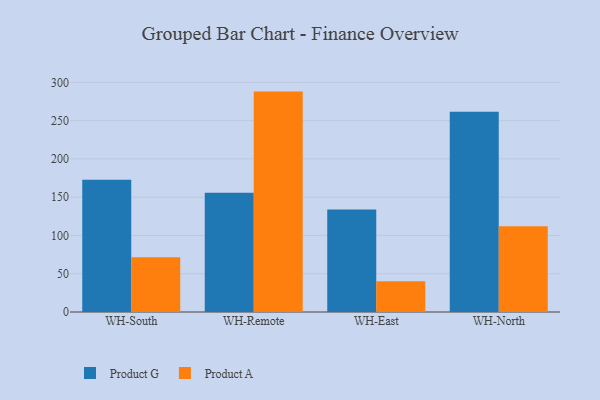
{"axis": {"x": "Warehouse", "y": "Operating Costs (USD K)"}, "legend": ["Product A", "Product G"], "data": [{"x": "WH-South", "y": 172.9, "type": "Product G"}, {"x": "WH-South", "y": 71.5, "type": "Product A"}, {"x": "WH-Remote", "y": 155.8, "type": "Product G"}, {"x": "WH-Remote", "y": 287.9, "type": "Product A"}, {"x": "WH-East", "y": 133.9, "type": "Product G"}, {"x": "WH-East", "y": 40.2, "type": "Product A"}, {"x": "WH-North", "y": 261.6, "type": "Product G"}, {"x": "WH-North", "y": 112.1, "type": "Product A"}]}